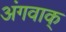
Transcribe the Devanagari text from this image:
अंगवाक्